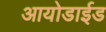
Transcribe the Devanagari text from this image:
आयोडाईड